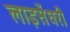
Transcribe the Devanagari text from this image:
लाइसेंधरी